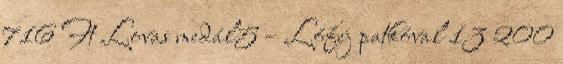
716 Ft Lovas medál5 – Lófej patkóval 13 200